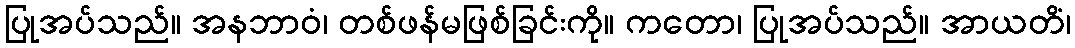
ပြုအပ်သည်။ အနဘာဝံ၊ တစ်ဖန်မဖြစ်ခြင်းကို။ ကတော၊ ပြုအပ်သည်။ အာယတိံ၊